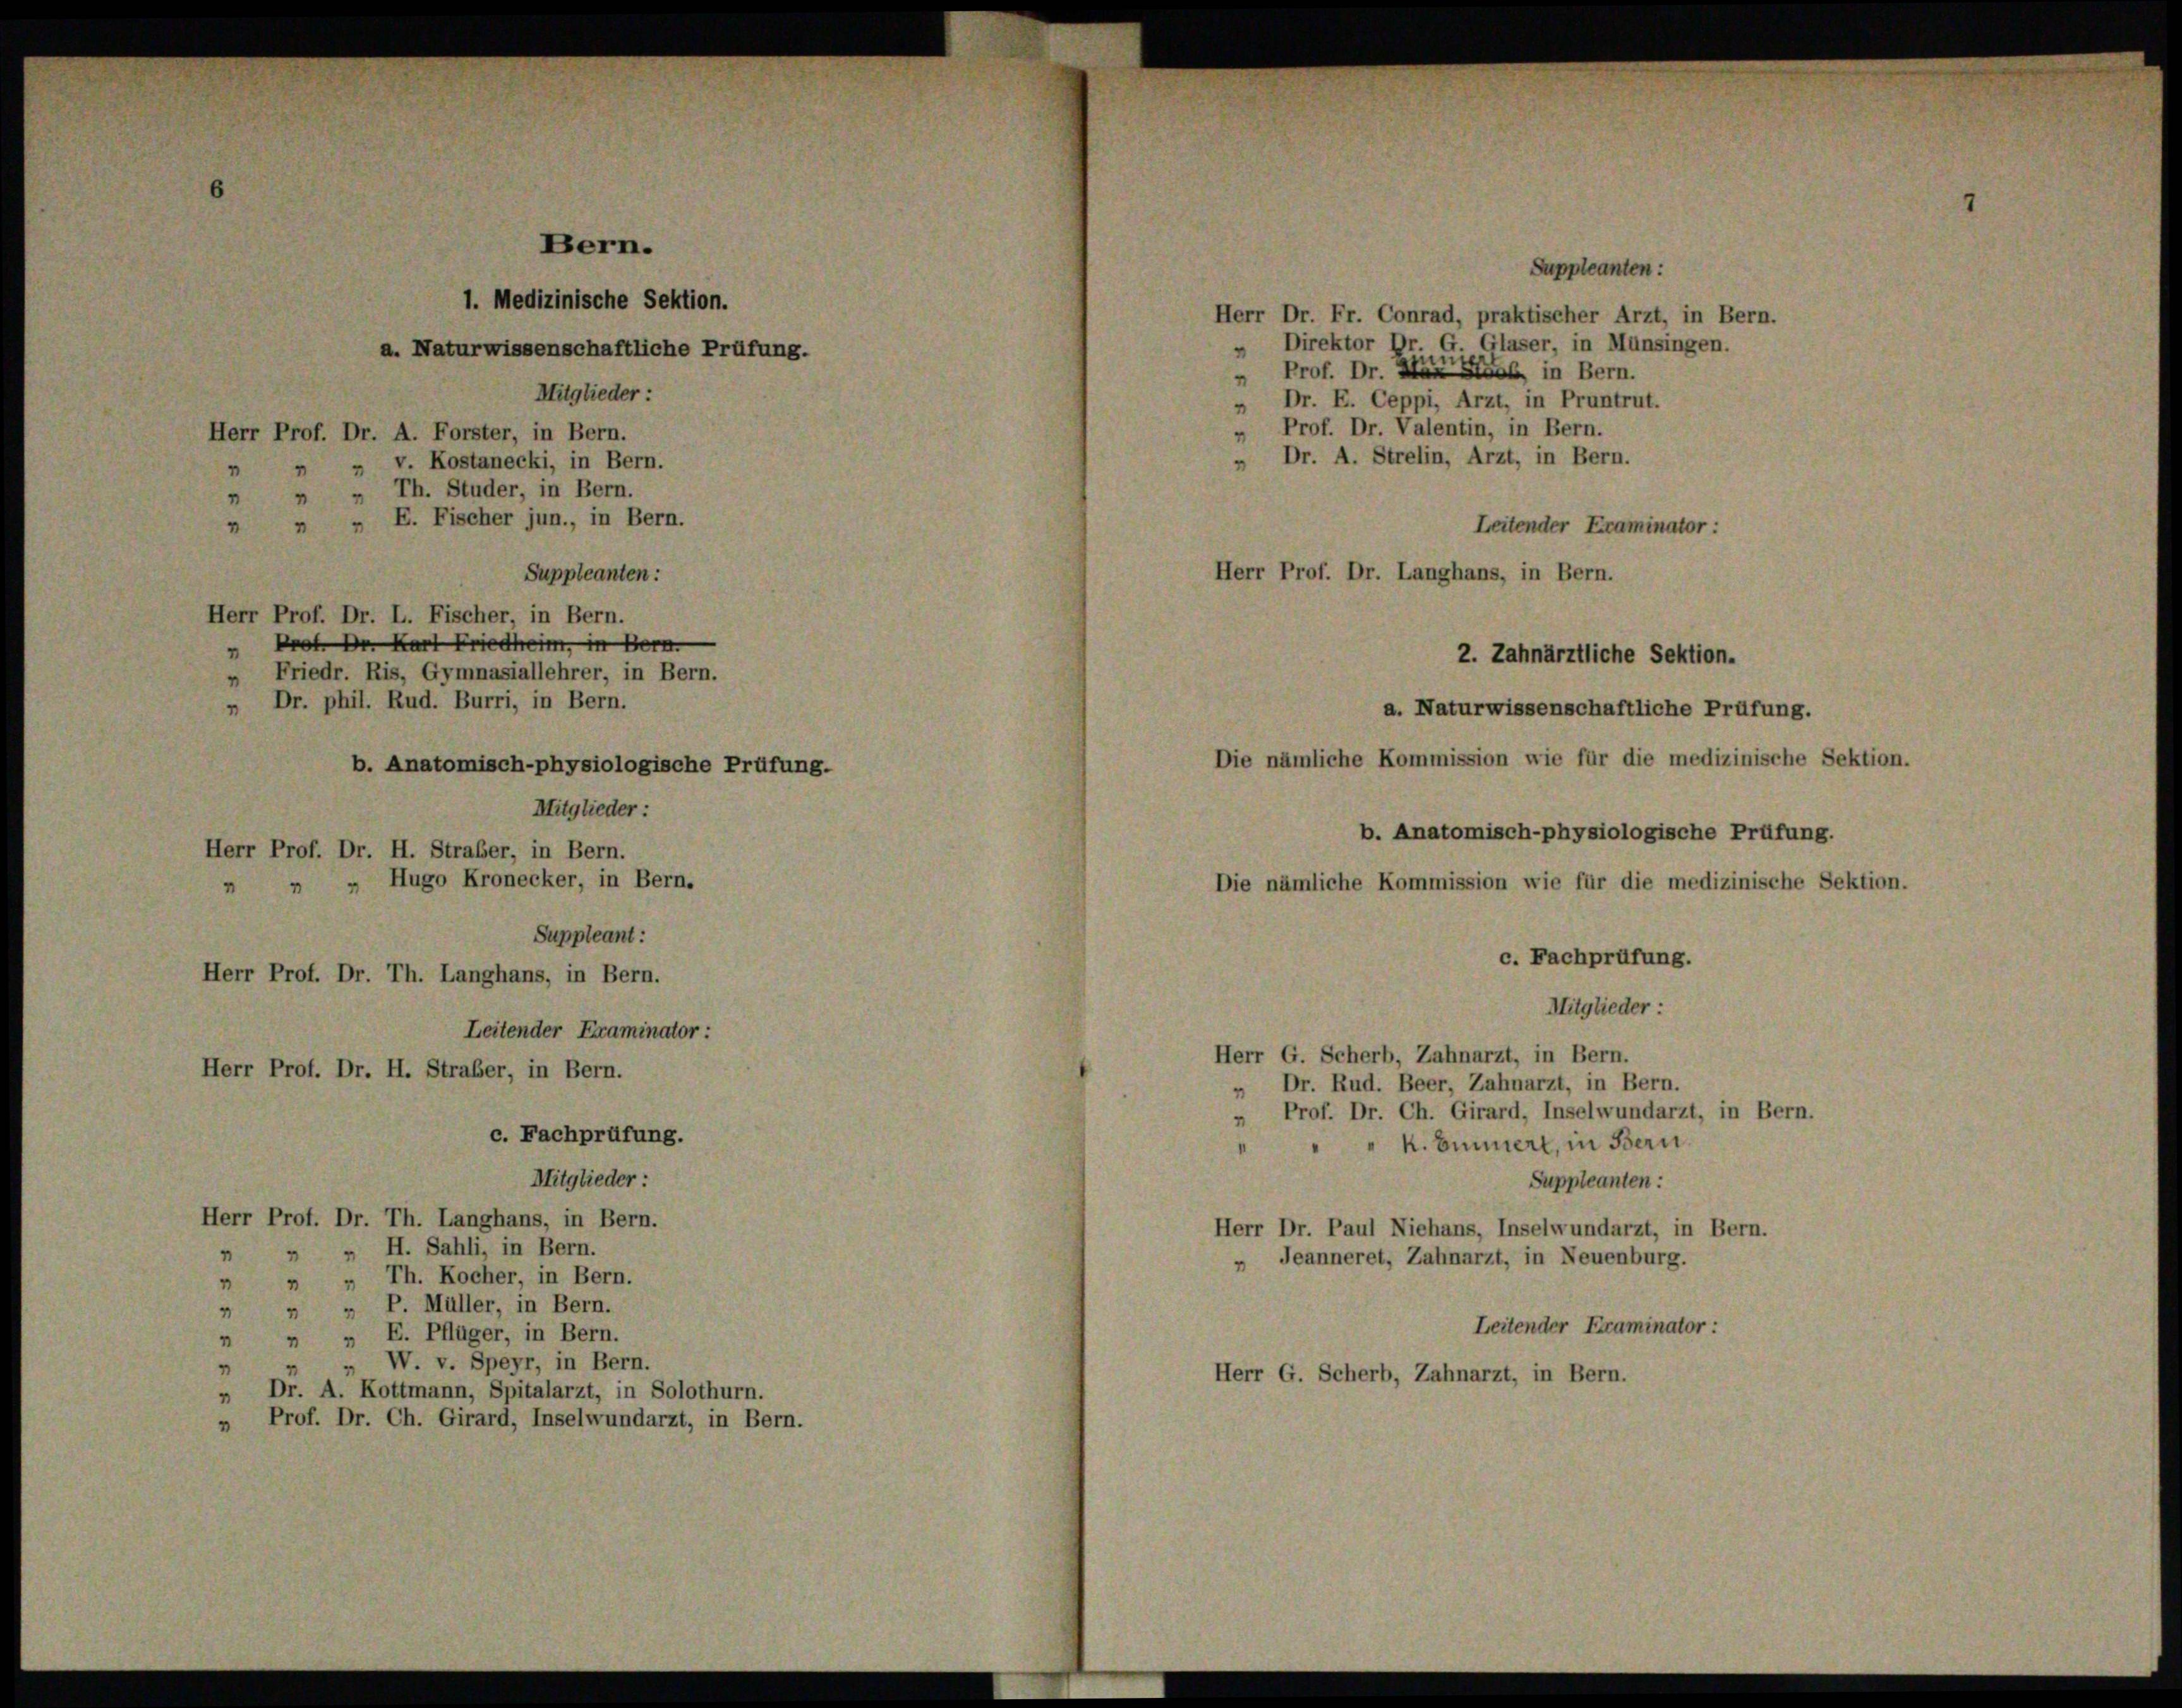
Leitender Eraminator :
Herr Prof. Dr. H. Straber, in Bern.
c. Fachprüfung.
Mitglieder:
Herr Prof. Dr. Th. Langhans, in Bern.
 " " H. Sahli, in Bern.
 „ „ Th. Kocher, in Bern.
"  P. Müller, in Bern.
 " " E. Pflüger, in Bern.
„ W. v. Speyr, in Bern.
" Dr. A. Kottmann, Spitalarzt, in Solothurn.
" Prof. Dr. Ch. Girard, Inselwundarzt, in Bern.

Bern.
1. Medizinische Sektion.
a. Naturwissenschaftliche Prüfung.
Mitglieder:
Herr Prof. Dr. A. Forster, in Bern.
" v. Kostanecki, in Bern.
" Th. Studer, in Bern.
 " " E. Fischer jun., in Bern.
Herr Prof. Dr. L. Fischer, in Bern.
" Prof. Dr. Karl Friedheim, in Bern
Friedr. Ris, Gymnasiallehrer, in Bern.
" Dr. phil. Rud. Burri, in Bern.
b. Anatomisch-physiologische Prüfung.
Mitglieder:
Herr Prof. Dr. H. Straber, in Bern.
» " Hugo Kronecker, in Bern.
4
Suppleant:

Herr Prof. Dr. Th. Langhans, in Bern.

Suppleanten:

Herr Dr. Fr. Conrad, praktischer Arzt, in Bern.
" Direktor Dr. G. Glaser, in Münsingen.
Prof. Dr. War in Bern.
“
Dr. E. Ceppi, Arzt, in Pruntrut.
“
" Prof. Dr. Valentin, in Bern.
" Dr. A. Strelin, Arzt, in Bern.
Herr Prof. Dr. Langhans, in Bern.
Die nämliche Kommission wie für die medizinische Sektion.

Suppleanten :

Leitender Examinator :
2. Zahnarztliche Sektion.
a. Naturwissenschaftliche Prüfung.
b. Anatomisch-physiologische Prüfung.
Die nämliche Kommission wie für die medizinische Sektion.
c. Fachprüfung.
Mitglieder:
Herr G. Scherb, Zahnarzt, in Bern.
" Dr. Rud. Beer, Zahnarzt, in Bern.
" Prof. Dr. Ch. Girard, Inselwundarzt, in Bern.
" " k. Einnert, in Bern.
Suppleanten :
Herr Dr. Paul Niehans, Inselwundarzt, in Bern.
 Jeanneret, Zahnarzt, in Neuenburg.
Leitender Examinator :
Herr G. Scherb, Zahnarzt, in Bern.